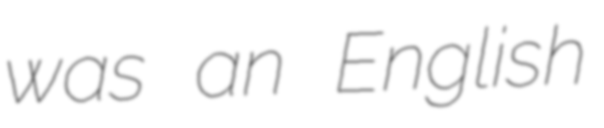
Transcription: was an English